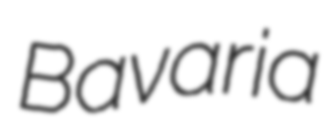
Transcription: Bavaria